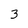
Character: 3